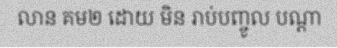
លាន គម២ ដោយ មិន រាប់បញ្ចូល បណ្តា